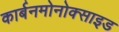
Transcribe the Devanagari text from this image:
कार्बनमोनोक्साइड